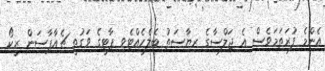
އެންމެ ފުރަތަމަވެސް އެ ޖަލްސާގެ ރިޔާސަތު ބެލެހެއްޓެވި ޕާޓީގެ ވަގުތީ ޗެއާޕާސަން ރީކޯ